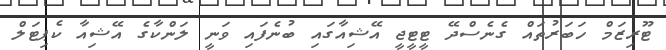
ޓޫރިޒަމް ހަބަރުތައް ގެނެސްދޭ ޓީޓީޖީ އޭޝިއާގައި ބުނެފައި ވަނީ ލަންކާގެ އޭޝިއާ ކެޕިޓަލް